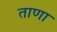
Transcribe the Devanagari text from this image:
ताणा